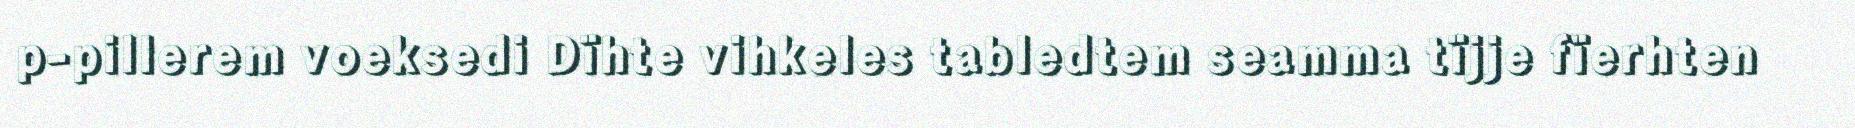
p-pillerem voeksedi Dïhte vihkeles tabledtem seamma tïjje fïerhten